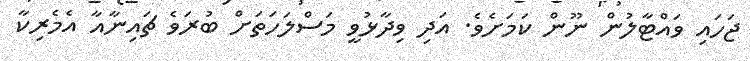
ޖަހައި ވައްޓާލުން ނޫން ކަމަށެވެ. އަދި ވިދާޅުވީ މަސްލަހަތަށް ބުރަވެ ޗައިނާއާ އެމެރިކާ